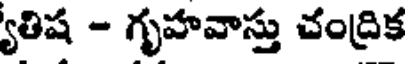
తిష - గృహవాస్తు చంద్రిక